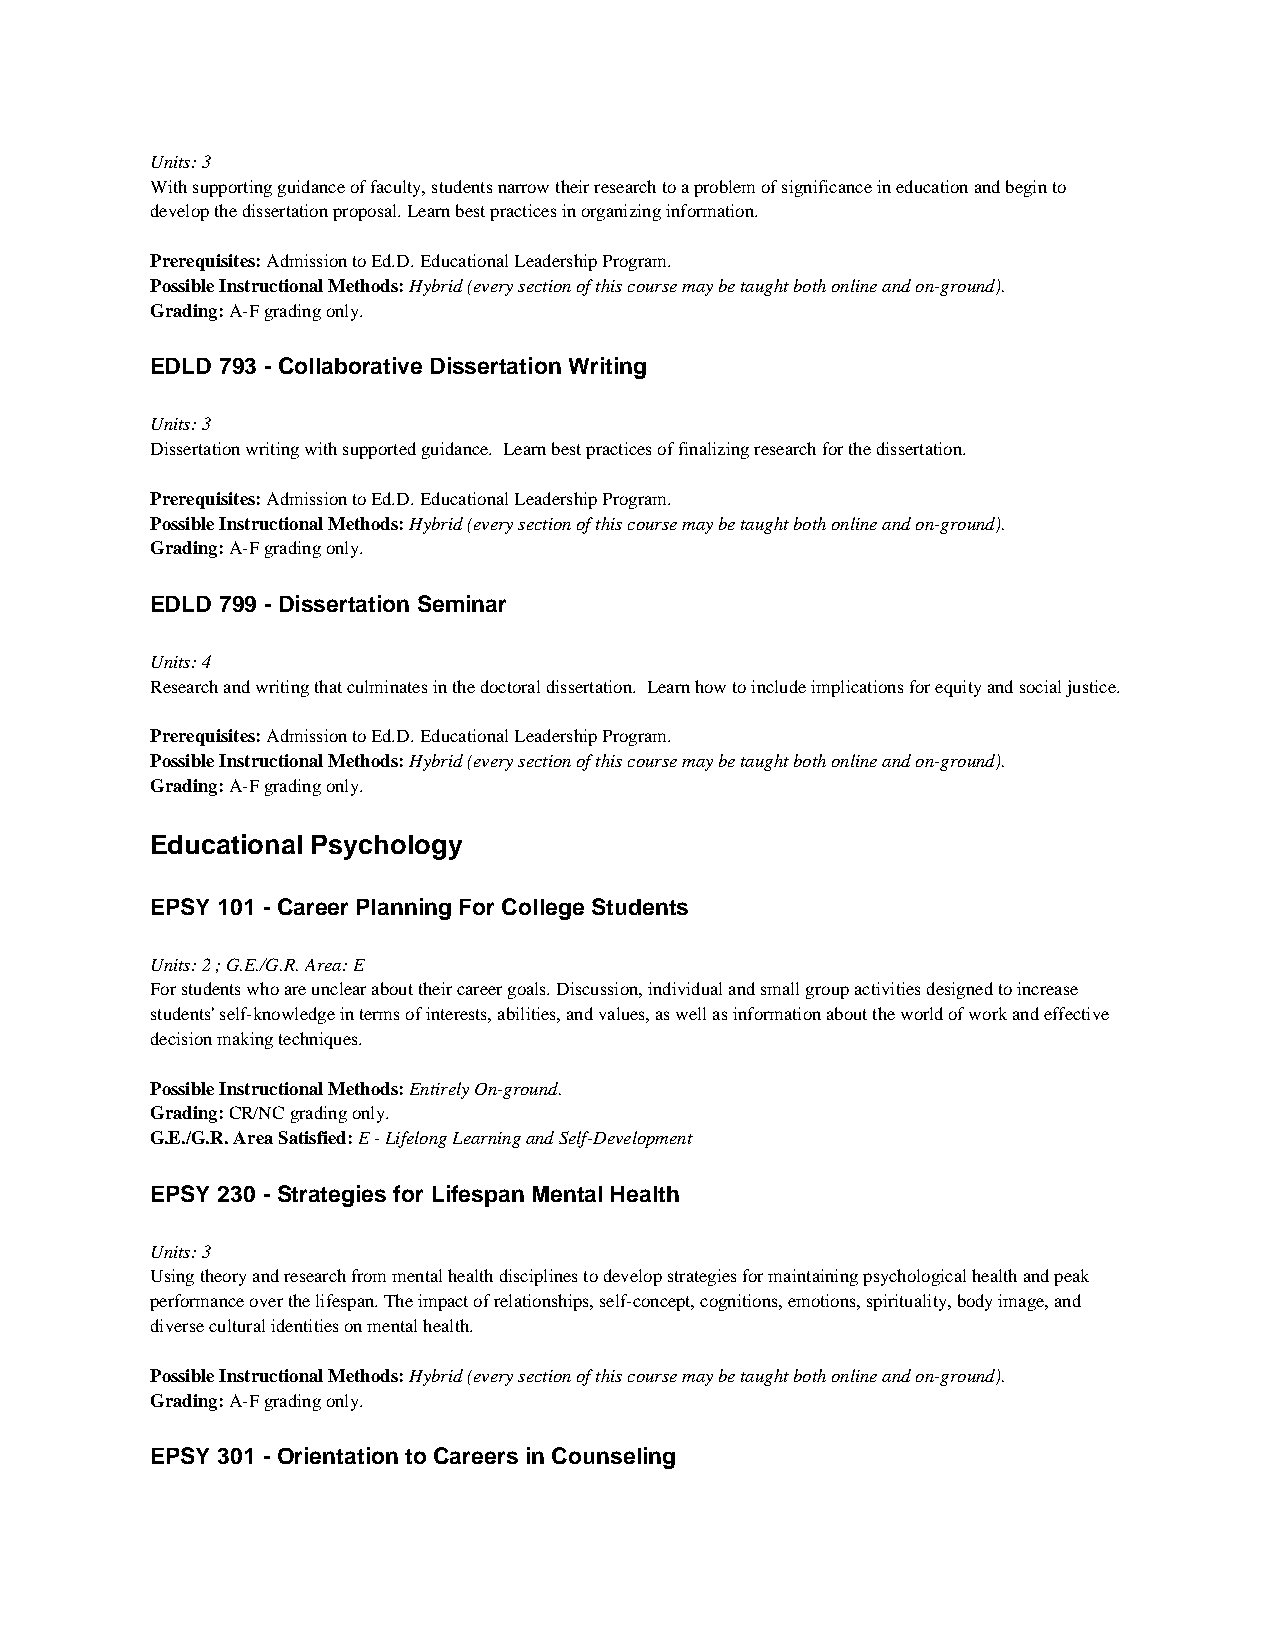
Units: 3
 With supporting guidance of faculty, students narrow their research to a problem of significance in education and begin to
 develop the dissertation proposal. Learn best practices in organizing information.
 Prerequisites: Admission to Ed.D. Educational Leadership Program.
 Possible Instructional Methods: Hybrid (every section of this course may be taught both online and on-ground).
 Grading: A-F grading only.
 EDLD 793 - Collaborative Dissertation Writing
 Units: 3
 Dissertation writing with supported guidance. Learn best practices of finalizing research for the dissertation.
 Prerequisites: Admission to Ed.D. Educational Leadership Program.
 Possible Instructional Methods: Hybrid (every section of this course may be taught both online and on-ground).
 Grading: A-F grading only.
 EDLD 799 - Dissertation Seminar
 Units: 4
 Research and writing that culminates in the doctoral dissertation. Learn how to include implications for equity and social justice.
 Prerequisites: Admission to Ed.D. Educational Leadership Program.
 Possible Instructional Methods: Hybrid (every section of this course may be taught both online and on-ground).
 Grading: A-F grading only.
 Educational Psychology
 EPSY 101 - Career Planning For College Students
 Units: 2 ; G.E./G.R. Area: E
 For students who are unclear about their career goals. Discussion, individual and small group activities designed to increase
 students' self-knowledge in terms of interests, abilities, and values, as well as information about the world of work and effective
 decision making techniques.
 Possible Instructional Methods: Entirely On-ground.
 Grading: CR/NC grading only.
 G.E./G.R. Area Satisfied: E - Lifelong Learning and Self-Development
 EPSY 230 - Strategies for Lifespan Mental Health
 Units: 3
 Using theory and research from mental health disciplines to develop strategies for maintaining psychological health and peak
 performance over the lifespan. The impact of relationships, self-concept, cognitions, emotions, spirituality, body image, and
 diverse cultural identities on mental health.
 Possible Instructional Methods: Hybrid (every section of this course may be taught both online and on-ground).
 Grading: A-F grading only.
 EPSY 301 - Orientation to Careers in Counseling